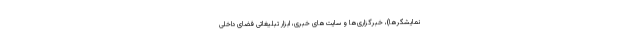
نمایشگرها)، خبرگزاری‌ها و سایت‌های خبری، ابزار تبلیغاتی فضای داخلی